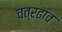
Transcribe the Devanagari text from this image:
चत्रढाव